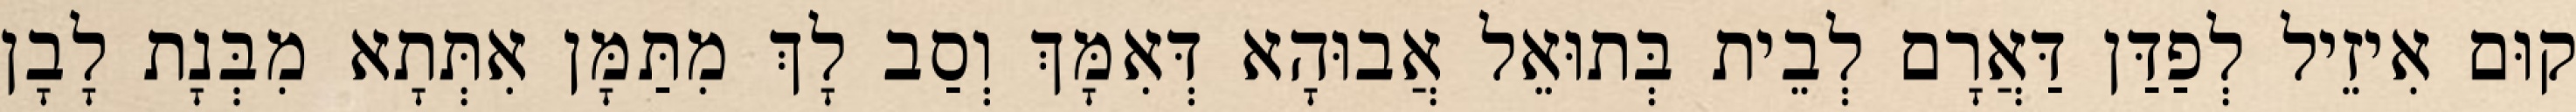
קוּם אִיזֵיל לְפַדַּן דַּאֲרָם לְבֵית בְּתוּאֵל אֲבוּהָא דְּאִמָּךְ וְסַב לָךְ מִתַּמָּן אִתְּתָא מִבְּנָת לָבָן